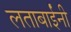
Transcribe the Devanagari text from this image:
लताबाईंनी